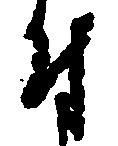
付